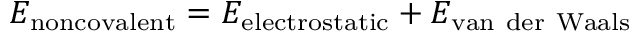
\ E _ { \mathrm { n o n c o v a l e n t } } = E _ { \mathrm { e l e c t r o s t a t i c } } + E _ { \mathrm { v a n ~ d e r ~ W a a l s } }